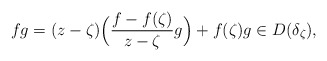
\begin{align*}fg = (z - \zeta) \Big(\frac{f - f(\zeta)}{z - \zeta} g\Big) + f(\zeta) g \in D(\delta_\zeta),\end{align*}